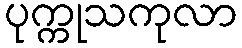
ပုက္ကုသကုလာ